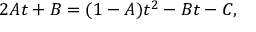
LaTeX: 2 A t + B = ( 1 - A ) t ^ { 2 } - B t - C ,